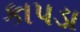
કાપડા